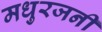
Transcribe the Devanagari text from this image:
मधुरजनी